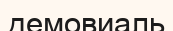
демовиаль